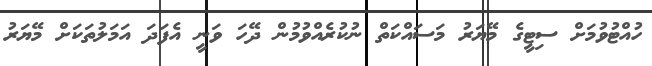
ހުއްޓުވުމަށް ސިޓީގެ މޭޔަރު މަސައްކަތް ނުކުރެއްވުމުން ދޭހަ ވަނީ އެފަދަ އަމަލުތަކަށް މޭޔަރު